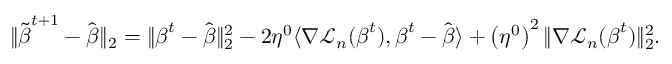
\begin{array} { r } { \| \tilde { \boldsymbol { \beta } } ^ { t + 1 } - \hat { \boldsymbol { \beta } } \| _ { 2 } = \| { \boldsymbol { \beta } } ^ { t } - \hat { \boldsymbol { \beta } } \| _ { 2 } ^ { 2 } - 2 \eta ^ { 0 } \langle \nabla { \mathcal L } _ { n } ( { \boldsymbol { \beta } } ^ { t } ) , { \boldsymbol { \beta } } ^ { t } - \hat { \boldsymbol { \beta } } \rangle + \left( \eta ^ { 0 } \right) ^ { 2 } \| \nabla { \mathcal L } _ { n } ( { \boldsymbol { \beta } } ^ { t } ) \| _ { 2 } ^ { 2 } . } \end{array}